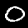
Digit: 0